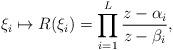
LaTeX: \begin{align*}\xi_i \mapsto R(\xi_i) = \prod_{i=1}^L \frac{z-\alpha_i}{z-\beta_i},\end{align*}